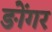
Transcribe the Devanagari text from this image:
ङोंगर